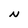
Character: N